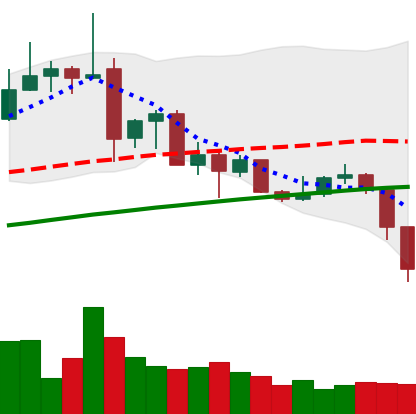
Ticker: ADA-USD
Chart end date: 2019-07-11
Forward return: -20.164%
Label: down_7plus